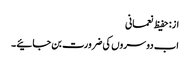
از: حفیظ نعمانی
اب دوسروں کی ضرورت بن جائیے ۔